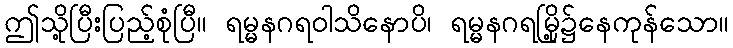
ဤသို့ပြီးပြည့်စုံပြီ။ ရမ္မနဂရဝါသိနောပိ၊ ရမ္မနဂရမြို့၌နေကုန်သော။